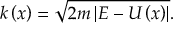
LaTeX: k \left( x \right) = \sqrt { 2 m \left| E - U \left( x \right) \right| } .